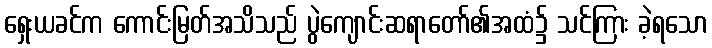
ရှေးယခင်က ကောင်းမြတ်အသိသည် ပွဲကျောင်းဆရာတော်၏အထံ၌ သင်ကြား ခဲ့ရသော